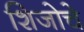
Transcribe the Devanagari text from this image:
शिजोचे